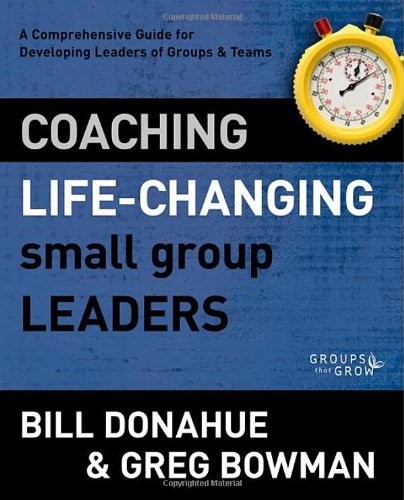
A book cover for Coaching Life-Changing Small Group Leaders: A Comprehensive Guide for Developing Leaders of Groups and Teams (Groups that Grow); Bill Donahue; Christian Books & Bibles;